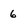
Character: 6